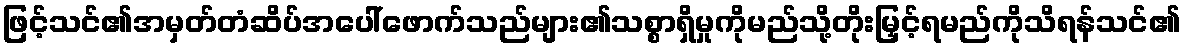
ဖြင့်သင်၏အမှတ်တံဆိပ်အပေါ်ဖောက်သည်များ၏သစ္စာရှိမှုကိုမည်သို့တိုးမြှင့်ရမည်ကိုသိရန်သင်၏